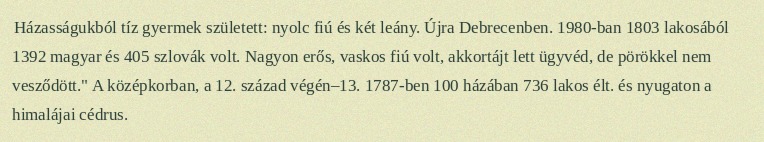
Házasságukból tíz gyermek született: nyolc fiú és két leány. Újra Debrecenben. 1980-ban 1803 lakosából 1392 magyar és 405 szlovák volt. Nagyon erős, vaskos fiú volt, akkortájt lett ügyvéd, de pörökkel nem vesződött." A középkorban, a 12. század végén–13. 1787-ben 100 házában 736 lakos élt. és nyugaton a himalájai cédrus.